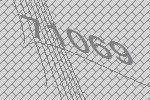
71069